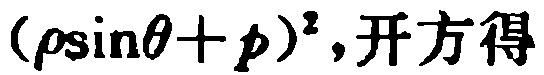
$(\rho\sin\theta + p)^2,开方得$